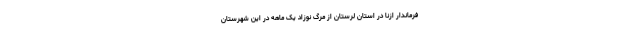
فرماندار ازنا در استان لرستان از مرگ نوزاد یک ماهه در این شهرستان